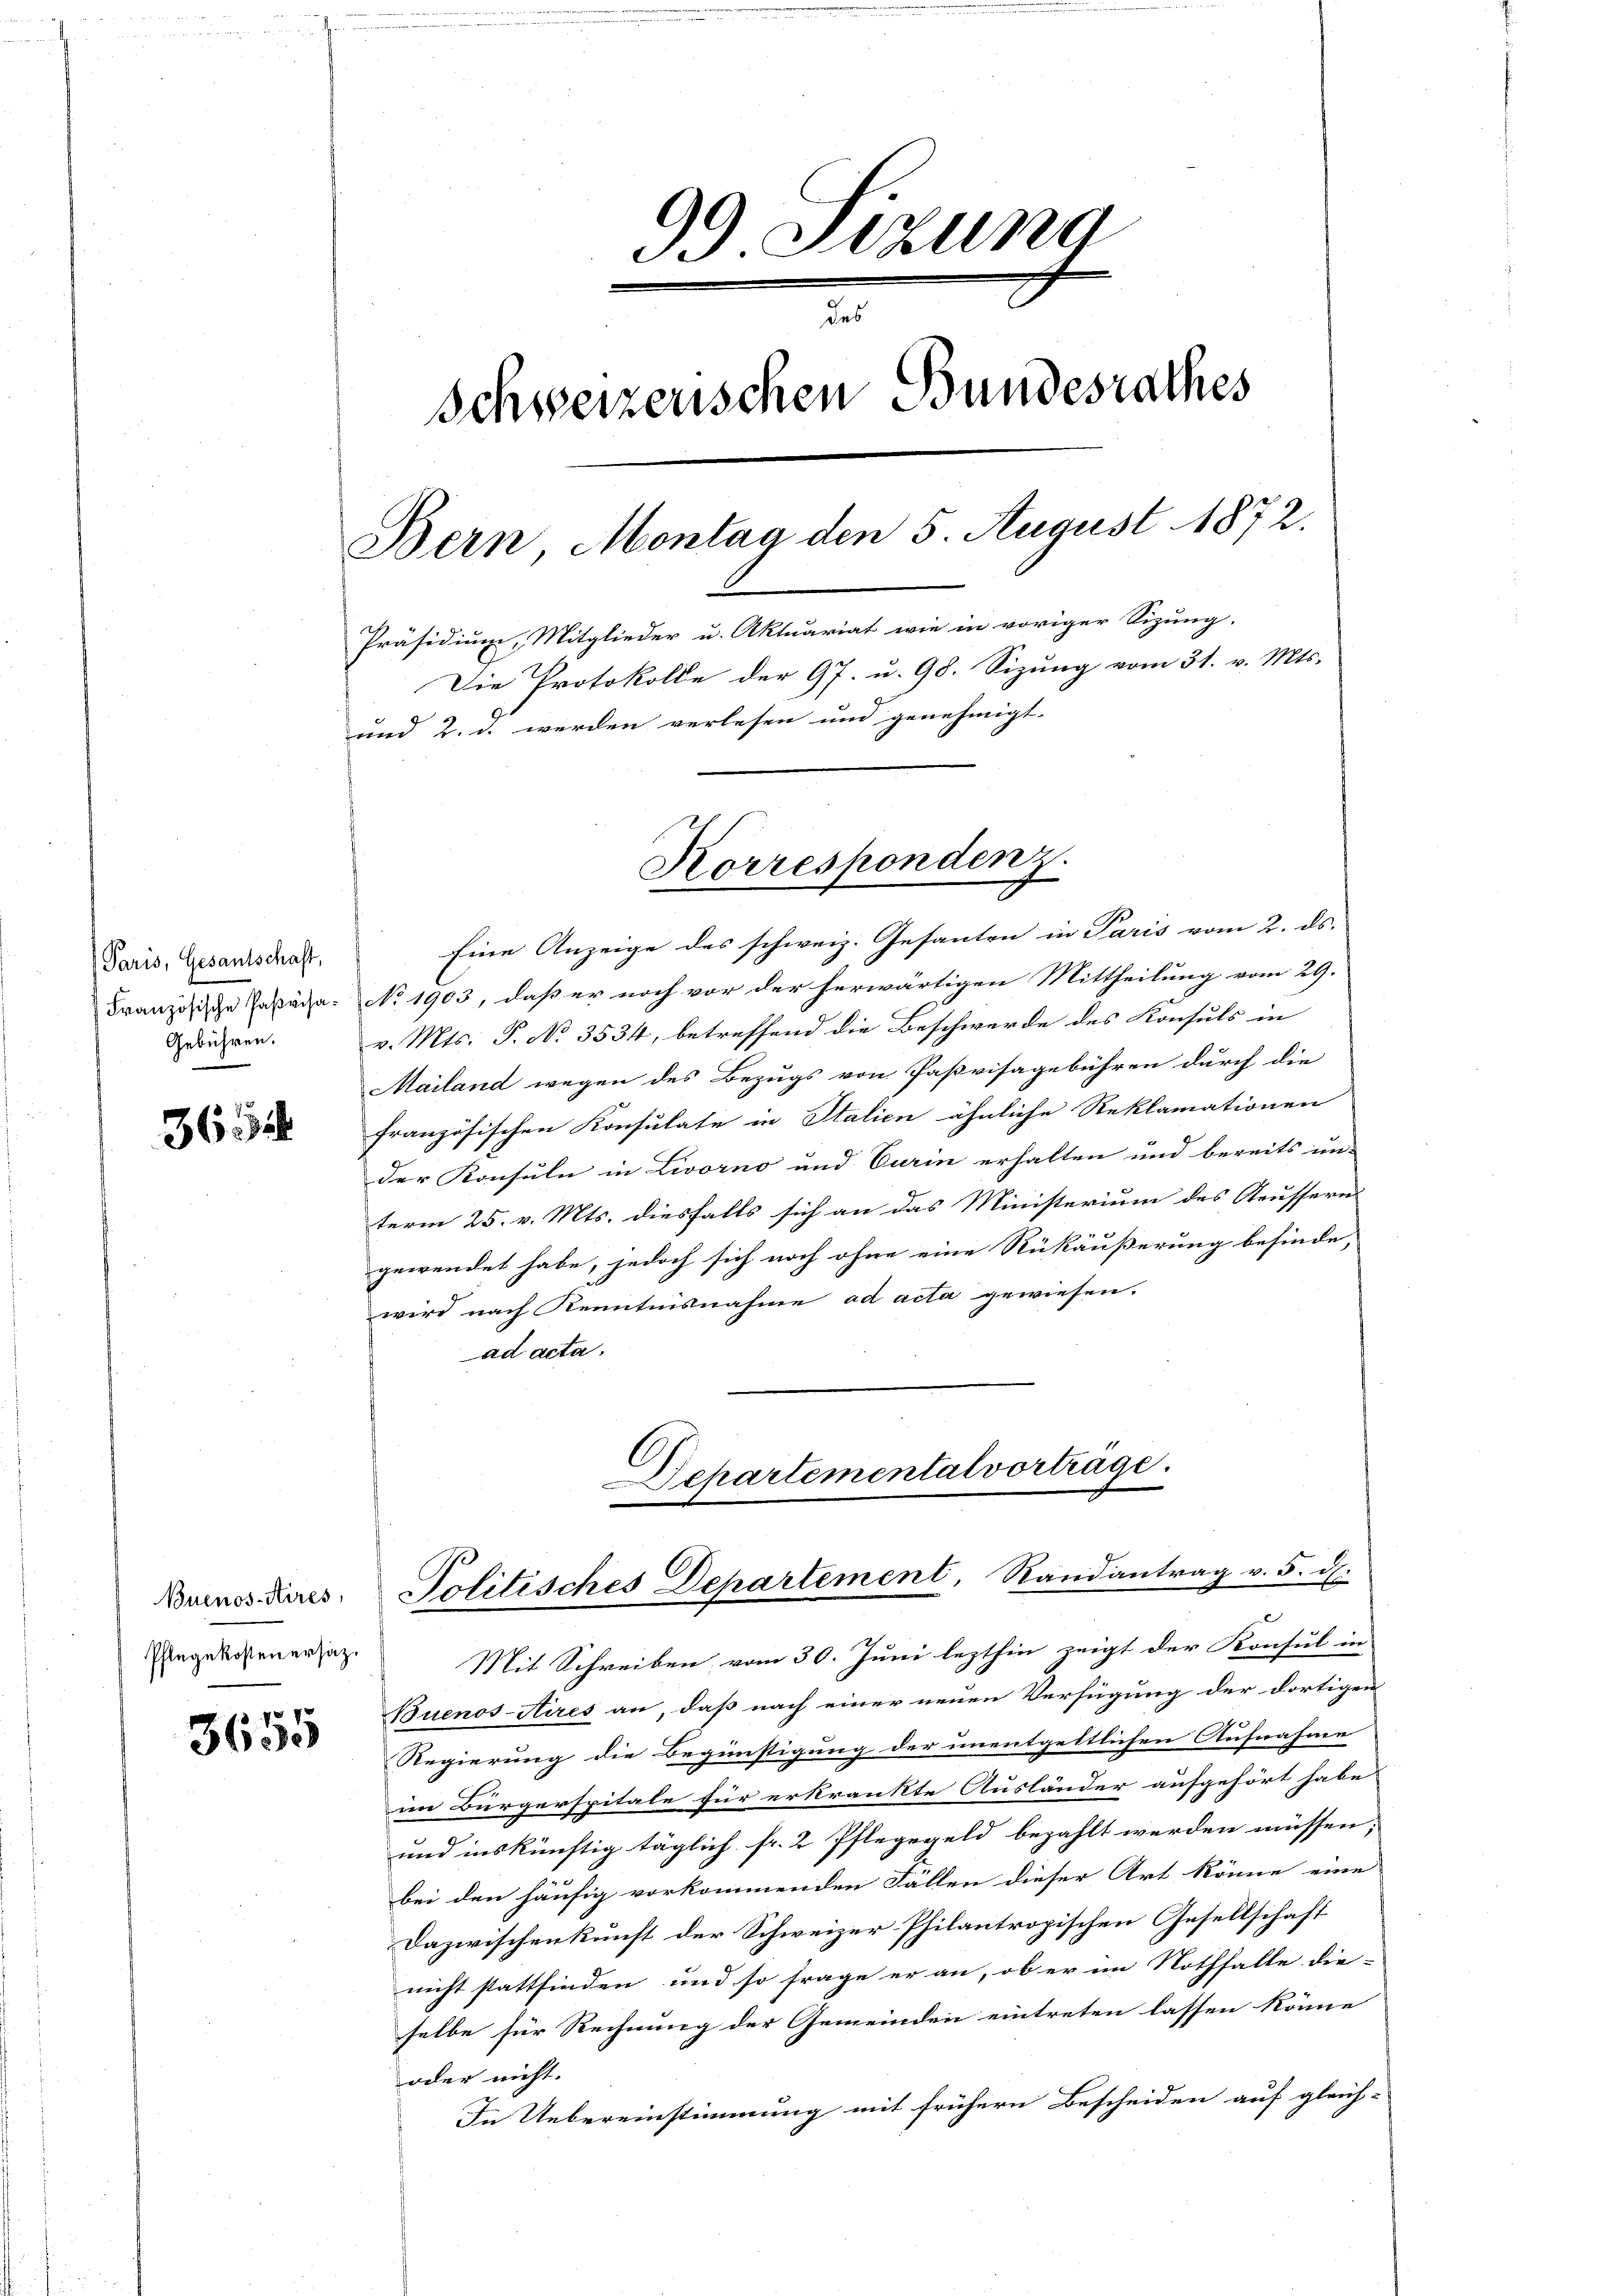
Paris, Gesantschaft,
Französische Paßvisa¬
Gebühren.

365

Pflegekosten ersatz.

3655

99 Sizung
Schweizerischen Bundesrathes
Bern, Montag den 5. August 1872.
Präsidium, Mitglieder u. Aktuariat wie in voriger Sizung.
Die Protokolle der 97. u. 98. Sizung vom 31. v. Mts.
und 2. d. werden verlesen und genehmigt.

Eine Anzeige des schweiz. Gesanten in Paris vom 2. ds.
No 1903, daß er noch vor der herwärtigen Mittheilung vom 29.
v. Mts. P. No. 3534, betreffend die Beschwerde des Konsuls in
Mailand wegen des Bezugs von Paßvisagebühren durch die
französischen Konsulate in Italien ähnliche Reklamationen
der Konsuln in Livorno und Curin erhalten und bereits un-
term 25. v. Mts. diesfalls sich an das Ministerium des Aeusseres
gewendet habe, jedoch sich noch ohne eine Rükäußerung befinde,
wird nach Kenntnisnahme ad acta gewiesen.
ad acta.

Korrespondenz.

Mit Schreiben vom 30. Juni lezthin zeigt der Konsul in
Buenos-Aires an, daß nach einer neuen Verfügung der dortigen
Regierung die Begünstigung der unentgeltlichen Aufnahme
im Bürgerspitale für erkrankte Ausländer aufgehört habe,
und inskünftig täglich fr. 2 Pflegegeld bezahlt werden müssen;

bei den häufig vorkommenden Fällen dieser Art könne eine
Dazwischenkunft der Schweizer Philantropischen Gesellschaft
nicht stattfinden und so frage er an, ob er im Nothfalle die-
selbe für Rechnung der Gemeinden eintreten lassen könne
oder nicht.
In Uebereinstimmung mit frühern Bescheiden auf gleich-

Departemental vortrage.
Buenosses. Politisches Departement, Randantrag v. 5. d.